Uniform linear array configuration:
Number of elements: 48
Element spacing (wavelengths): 1
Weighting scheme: exponential
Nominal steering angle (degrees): -30
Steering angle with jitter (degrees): -31.0
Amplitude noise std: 0.05
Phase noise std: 0.05

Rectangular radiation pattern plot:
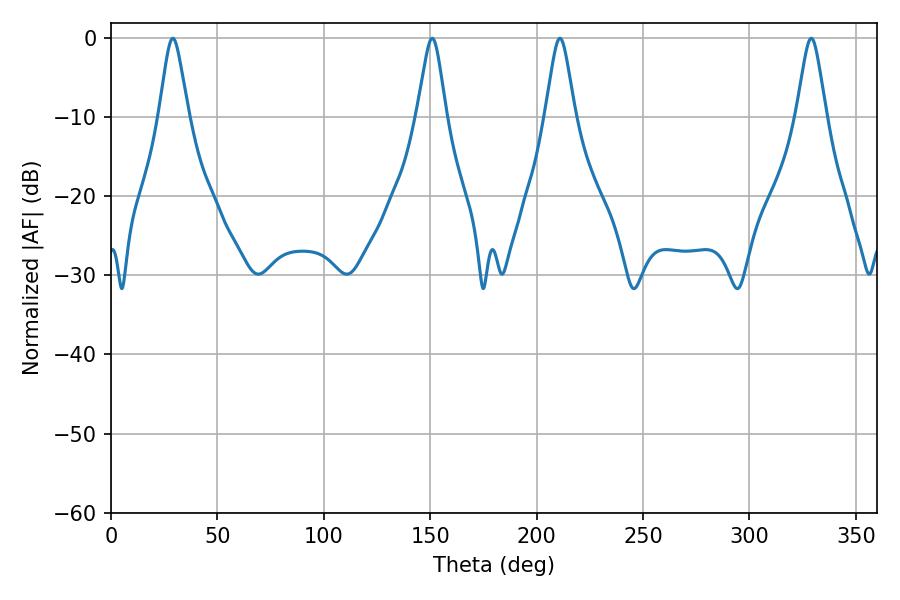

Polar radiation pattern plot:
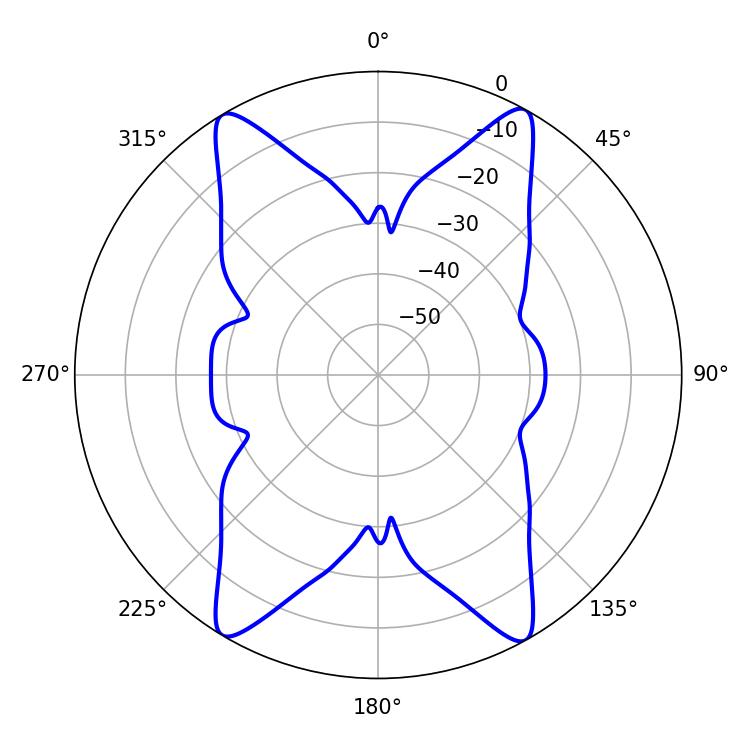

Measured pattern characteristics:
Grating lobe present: TRUE
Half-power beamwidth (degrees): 6.48
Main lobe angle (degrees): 210.96